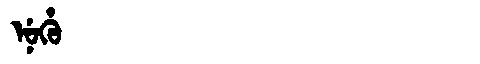
Manchu: ᠨᡠᡥᡠ
Romanization: NUHU